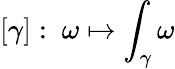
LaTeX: [\gamma]:\ \omega\mapsto\int_{\gamma}\omega